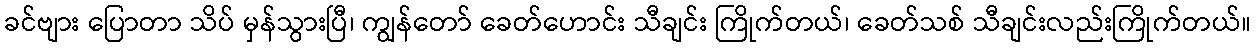
ခင်ဗျား ပြောတာ သိပ် မှန်သွားပြီ၊ ကျွန်တော် ခေတ်ဟောင်း သီချင်း ကြိုက်တယ်၊ ခေတ်သစ် သီချင်းလည်းကြိုက်တယ်။